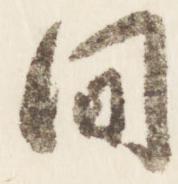
間